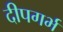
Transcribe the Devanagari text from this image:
दीपगर्भ